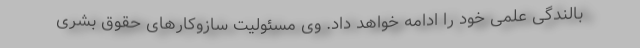
بالندگی علمی خود را ادامه خواهد داد. وی مسئولیت سازوکارهای حقوق بشری